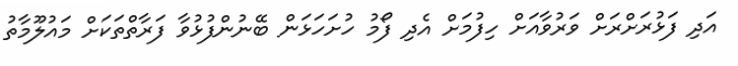
އަދި ފަޅުރަށްރަށް ވަރުވާއަށް ހިފުމަށް އެދި ފޯމު ހުށަހަޅަން ބޭނުންފުޅުވާ ފަރާތްތަކަށް މައުލޫމާތު